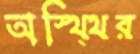
অস্থ্থির